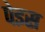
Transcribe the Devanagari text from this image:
पेइस